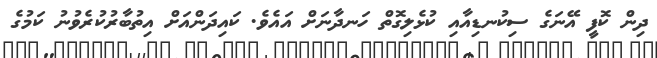
ދިން ކޮފީ އޭނަގެ ސިކުނޑިއާއި ކުޅެލިގޮތް ހަނދާނަށް އައެވެ. ކައިދަންއަށް އިތުބާރުކުރެވުނު ކަމުގެ